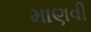
માણવી